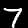
Label: 7